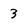
Character: 3